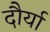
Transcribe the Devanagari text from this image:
दौर्या